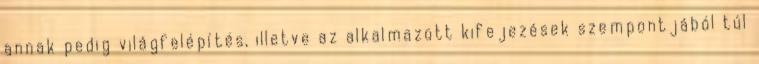
annak pedig világfelépítés, illetve az alkalmazott kifejezések szempontjából túl